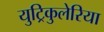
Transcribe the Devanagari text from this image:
युट्रिकुलेरिया